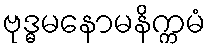
ဗုဒ္ဓမနောမနိက္ကမံ